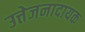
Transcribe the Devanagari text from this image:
उत्तेजनादायक